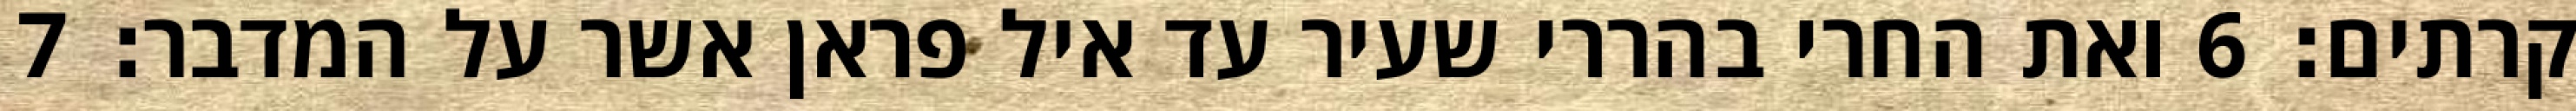
קרתים׃ ‎6‏ ואת החרי בהררי שעיר עד איל פראן אשר על המדבר׃ ‎7‏